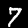
Label: 7